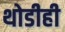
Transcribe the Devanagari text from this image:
थोडीही